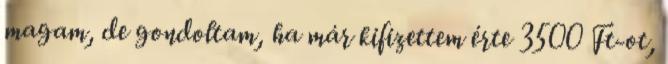
magam, de gondoltam, ha már kifizettem érte 3500 Ft-ot,